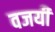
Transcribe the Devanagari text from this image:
वजयी